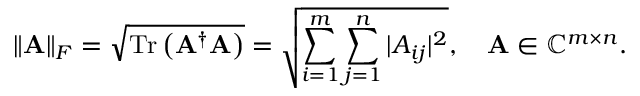
\| \mathbf { A } \| _ { F } = \sqrt { \operatorname { T r } \left( \mathbf { A } ^ { \dagger } \mathbf { A } \right) } = \sqrt { \sum _ { i = 1 } ^ { m } \sum _ { j = 1 } ^ { n } | A _ { i j } | ^ { 2 } } , \quad \mathbf { A } \in \mathbb { C } ^ { m \times n } .